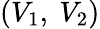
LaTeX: \left(V_{1},\ V_{2}\right)